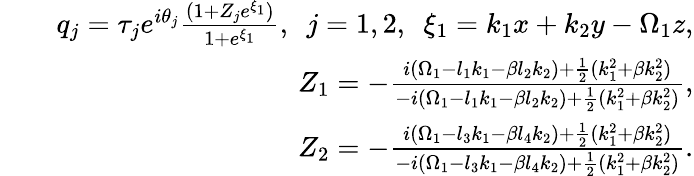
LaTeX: \begin{array}{rlr}&{}&{q_{j}=\tau_{j}e^{i\theta_{j}}\frac{(1+Z_{j}e^{\xi_{1}})}{1+e^{\xi_{1}}},~~j=1,2,~~\xi_{1}=k_{1}x+k_{2}y-\Omega_{1}z,}\\ &{}&{Z_{1}=-\frac{i(\Omega_{1}-l_{1}k_{1}-\beta l_{2}k_{2})+\frac{1}{2}(k_{1}^{2}+\beta k_{2}^{2})}{-i(\Omega_{1}-l_{1}k_{1}-\beta l_{2}k_{2})+\frac{1}{2}(k_{1}^{2}+\beta k_{2}^{2})},}\\ &{}&{Z_{2}=-\frac{i(\Omega_{1}-l_{3}k_{1}-\beta l_{4}k_{2})+\frac{1}{2}(k_{1}^{2}+\beta k_{2}^{2})}{-i(\Omega_{1}-l_{3}k_{1}-\beta l_{4}k_{2})+\frac{1}{2}(k_{1}^{2}+\beta k_{2}^{2})}.}\end{array}